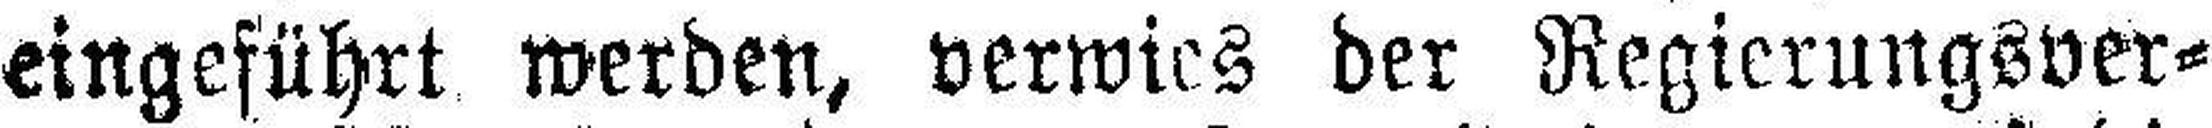
eingeführt werden, verwies der Regierungsver¬